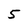
Character: 5